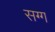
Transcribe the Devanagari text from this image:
सग्ग